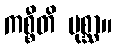
ကစ္စီတိ ပုစ္ဆာ။